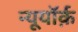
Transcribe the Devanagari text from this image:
न्यूयॉर्क़